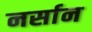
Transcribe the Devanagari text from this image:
नर्सान